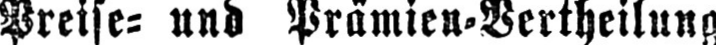
Preise⸗ und Prämien⸗Vertheilung